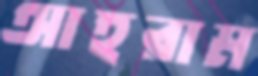
আহরাম